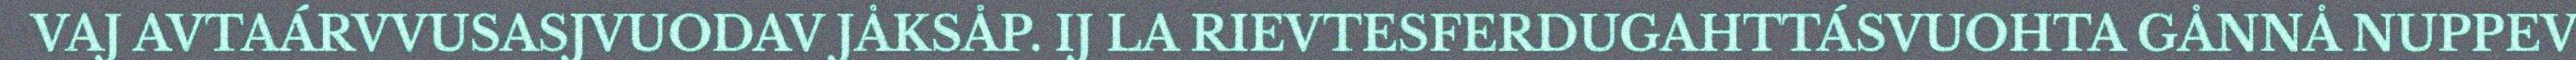
VAJ AVTAÁRVVUSASJVUODAV JÅKSÅP. IJ LA RIEVTESFERDUGAHTTÁSVUOHTA GÅNNÅ NUPPEV